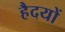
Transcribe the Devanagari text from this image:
हैदयों